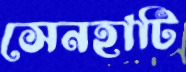
সেনহাটি